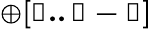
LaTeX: \mathbb{\oplus[0..l-1]}